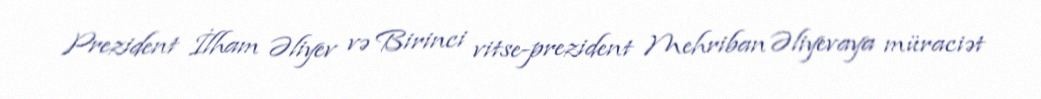
Prezident İlham Əliyev və Birinci vitse-prezident Mehriban Əliyevaya müraciət